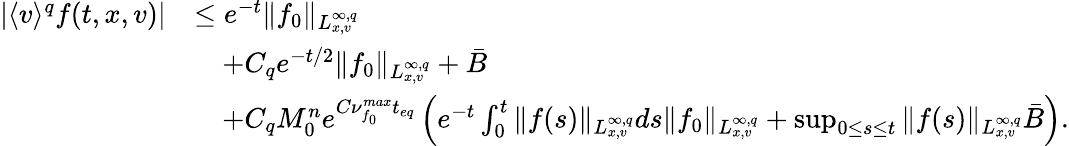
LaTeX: \begin{array}{rl}{\vert\langle v\rangle^{q}f(t,x,v)\vert}&{\leq e^{-t}\Vert f_{0}\Vert_{L_{x,v}^{\infty,q}}}\\ &{\quad+C_{q}e^{-t/2}\Vert f_{0}\Vert_{L_{x,v}^{\infty,q}}+\bar{B}}\\ &{\quad+C_{q}M_{0}^{n}e^{C\nu_{f_{0}}^{max}t_{eq}}\left(e^{-t}\int_{0}^{t}\Vert f(s)\Vert_{L_{x,v}^{\infty,q}}ds\Vert f_{0}\Vert_{L_{x,v}^{\infty,q}}+\operatorname*{sup}_{0\leq s\leq t}\Vert f(s)\Vert_{L_{x,v}^{\infty,q}}\bar{B}\right).}\end{array}